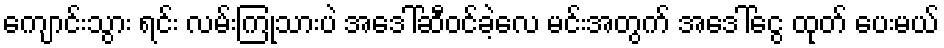
ကျောင်းသွား ရင်း လမ်းကြုံသားပဲ အဒေါ်ဆီဝင်ခဲ့လေ မင်းအတွက် အဒေါ်ငွေ ထုတ် ပေးမယ်